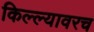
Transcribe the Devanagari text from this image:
किल्ल्यावरच